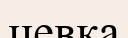
цевка